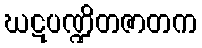
ဃဋပဏ္ဍိတဇာတက